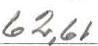
62,61